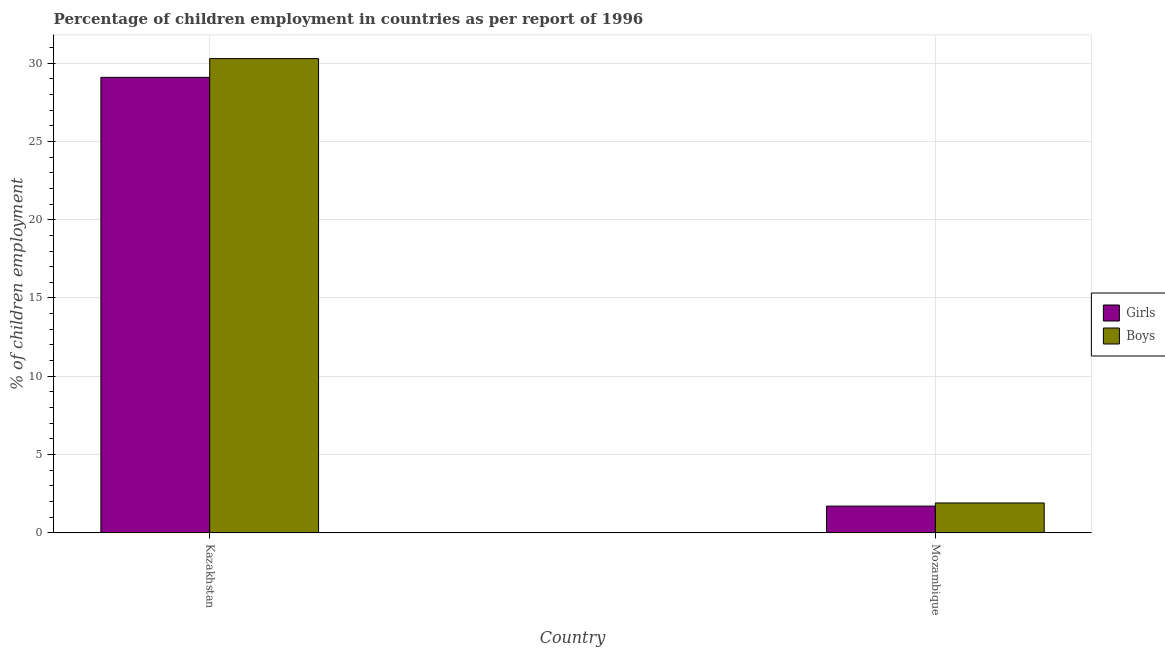
| Country | Girls | Boys |
 | --- | --- | --- |
 | Kazakhstan | 29.1 | 30.3 |
 | Mozambique | 1.7 | 1.9 |